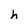
Character: h